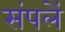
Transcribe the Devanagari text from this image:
संपलें